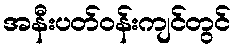
အနီးပတ်ဝန်းကျင်တွင်